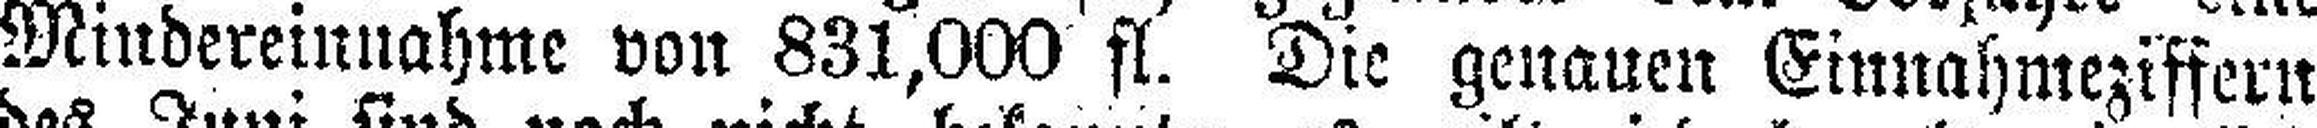
Mindereinnahme von 831,000 fl. Die genauen Einnahmeziffern